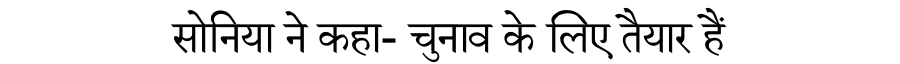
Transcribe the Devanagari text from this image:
सोनिया ने कहा- चुनाव के लिए तैयार हैं